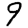
Digit: 9